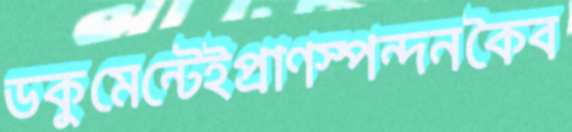
ডকুমেন্টেইপ্রাণস্পন্দনকৈব